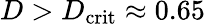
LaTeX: D>D_{\mathrm{crit}}\approx 0.65